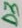
Text: D3